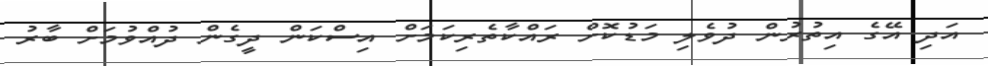
އަދި އޭގެ އިތުރުން ދުވެލި މަޑުކޮށް ރައްކާތެރިކަމަށް އިސްކަން ދީގެން ދުއްވުމަށް ބާރު